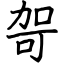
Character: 哿